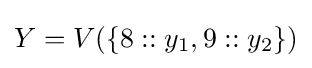
Y=V(\{8::y_{1},9::y_{2}\})